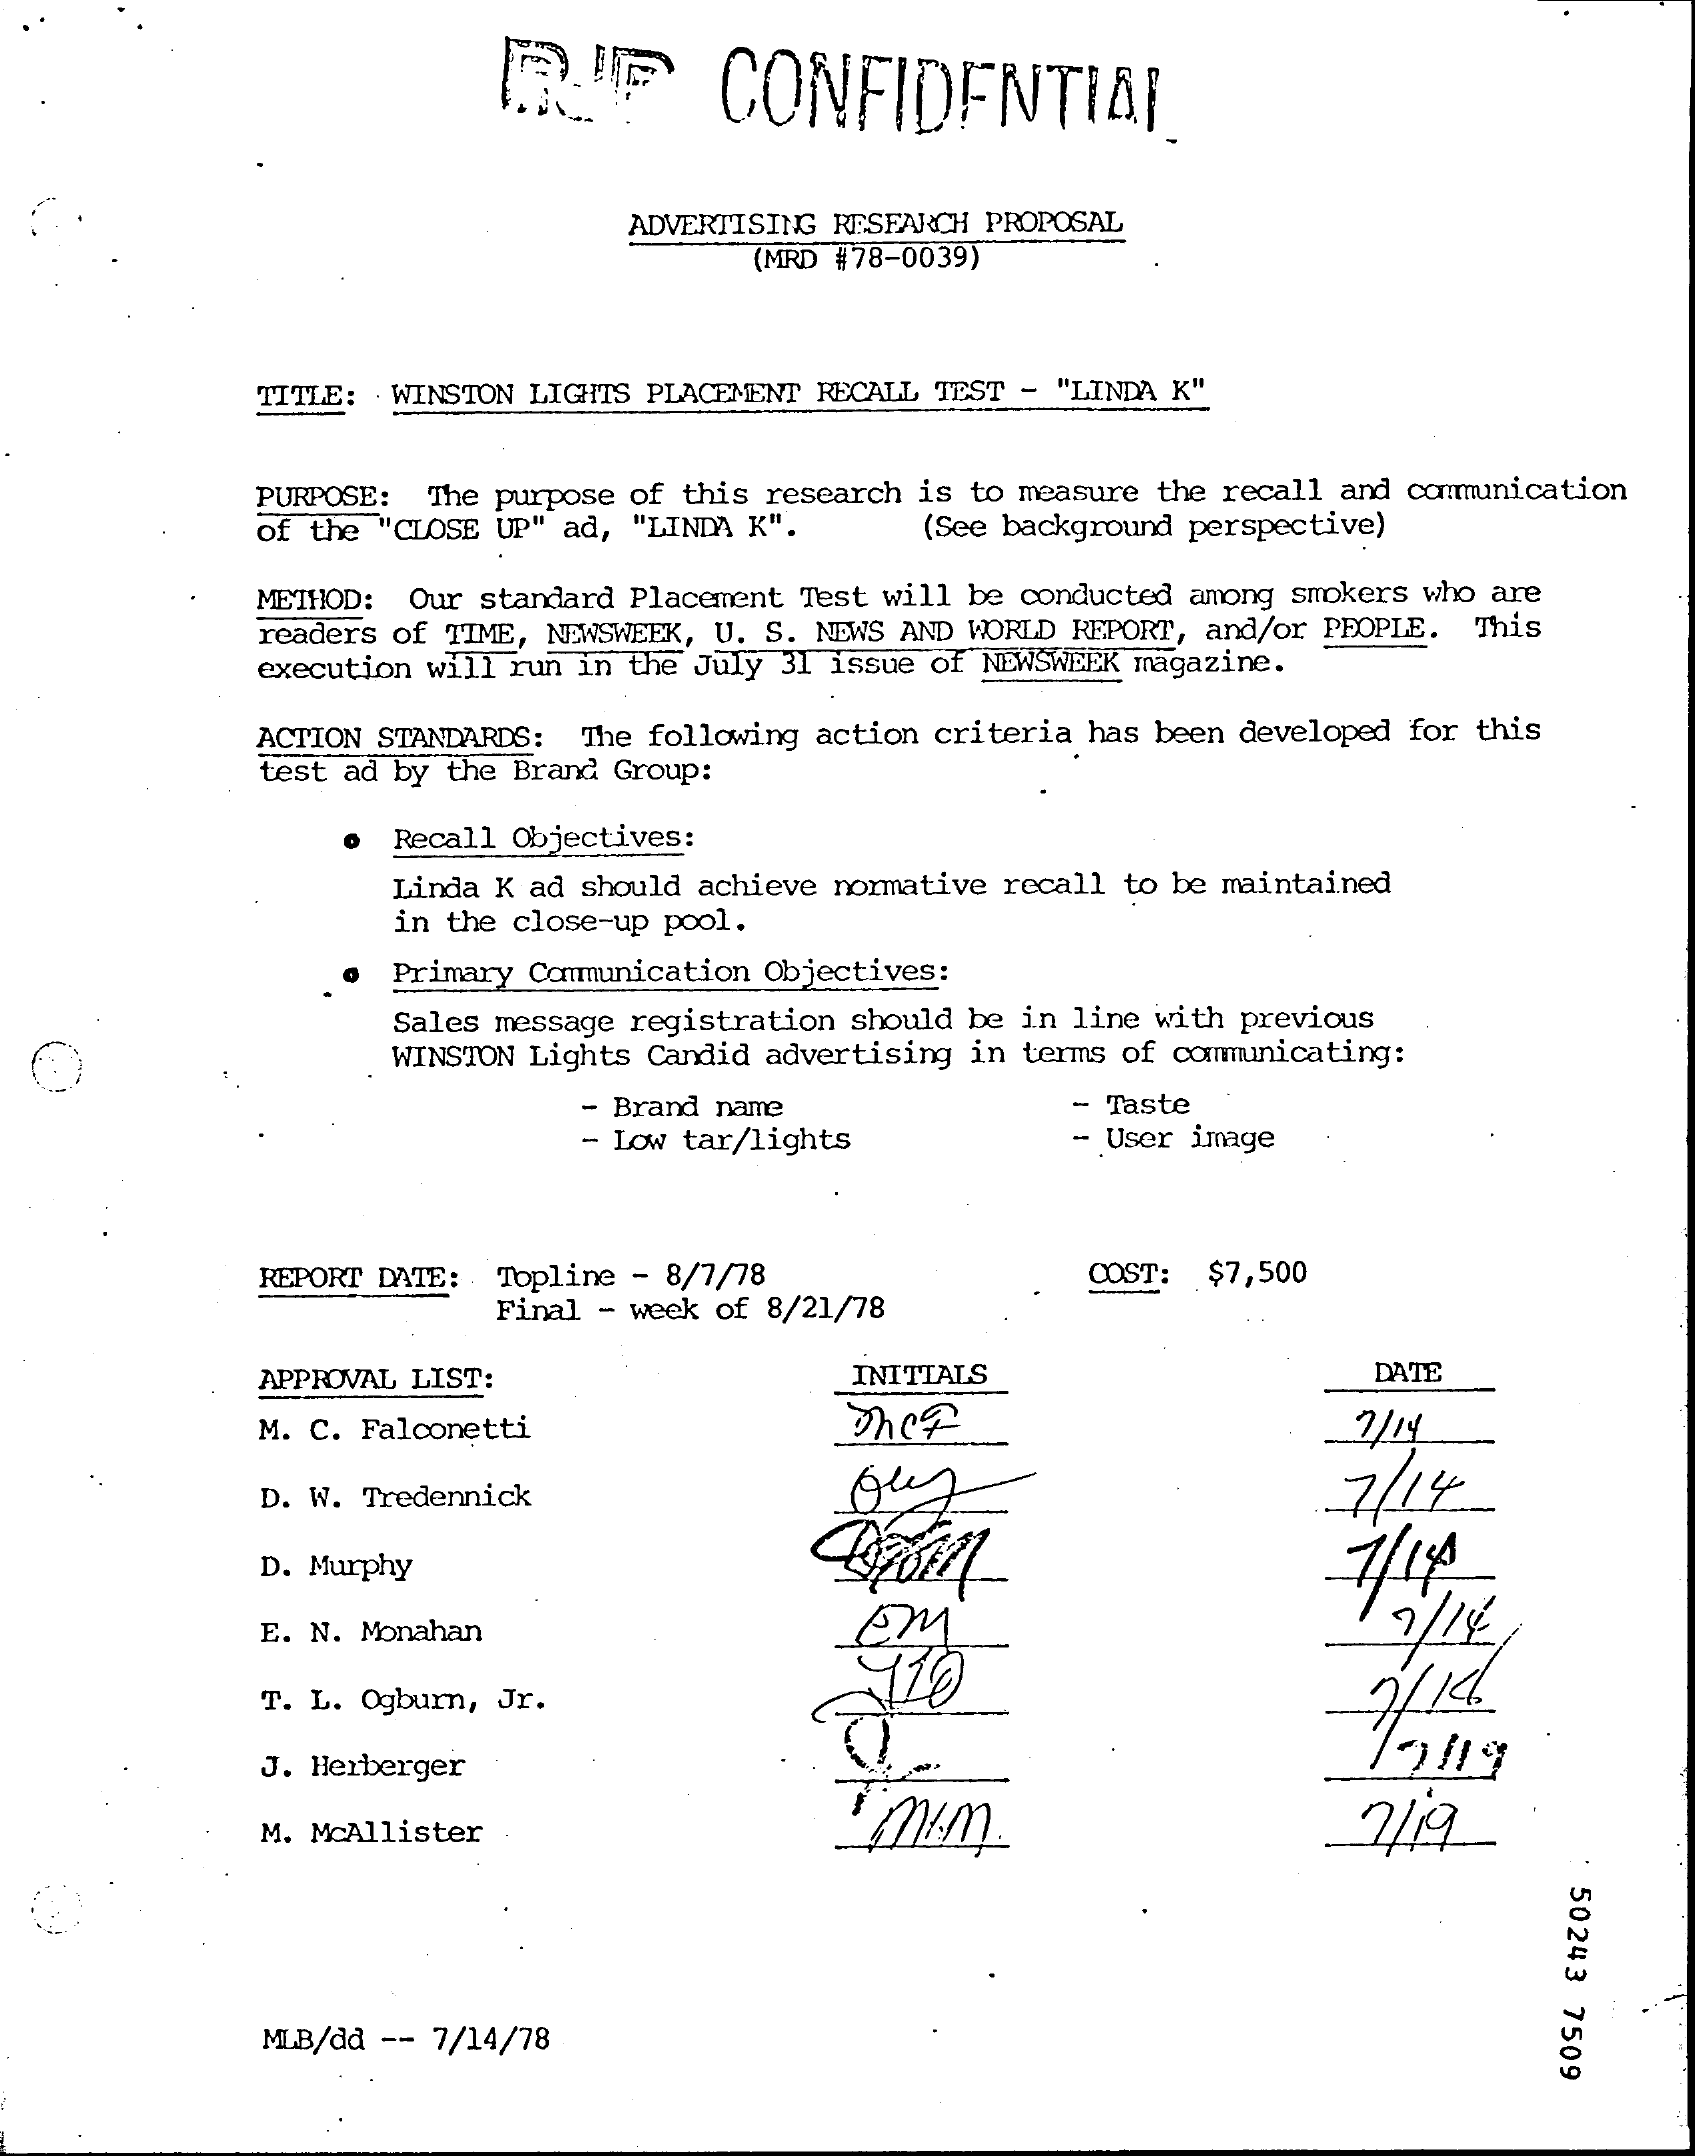
RIF    CONFIDENTIAL
     ADVERTISING RESEARCH PROPOSAL
     (MRD #78-0039)
     TITLE: WINSTON LIGHTS PLACEMENT RECALL TEST - "LINDA K"
     PURPOSE: The purpose of this research is to measure the recall and communication
     of the "CLOSE UP" ad, "LINDA K". (See background perspective)
     METHOD: Our standard Placement Test will be conducted among smokers who are
     readers of TIME, NEWSWEEK, U. S. NEWS AND WORLD REPORT, and/or PEOPLE. This
     execution will run in the July 31 issue of NEWSWEEK magazine.
     ACTION STANDARDS: The following action criteria has been developed for this
     test ad by the Brand Group:
     Recall Objectives:
     Linda K ad should achieve normative recall to be maintained
     in the close-up pool.
     Primary Communication Objectives:
     Sales message registration should be in line with previous
     WINSTON Lights Candid advertising in terms of communicating:
     - Brand name
     - Low tar/lights
     - Taste
     - User image
     REPORT DATE: Topline - 8/7/78
     Final - week of 8/21/78
     COST: $7,500
     APPROVAL LIST:    INITIALS    DATE
     M. C. Falconetti
     D. W. Tredennick    7/14
     D. Murphy    7/14
     EM    7/14 E. N. Monahan
     T. L. Ogburn, Jr.    7/14
     J. Herberger
     M. McAllister    1 mm.    2/19
     50243
     7509 MLB/dd -- 7/14/78